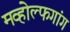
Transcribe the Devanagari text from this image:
मव्होल्फगांग